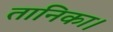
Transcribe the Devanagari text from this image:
तानिका।